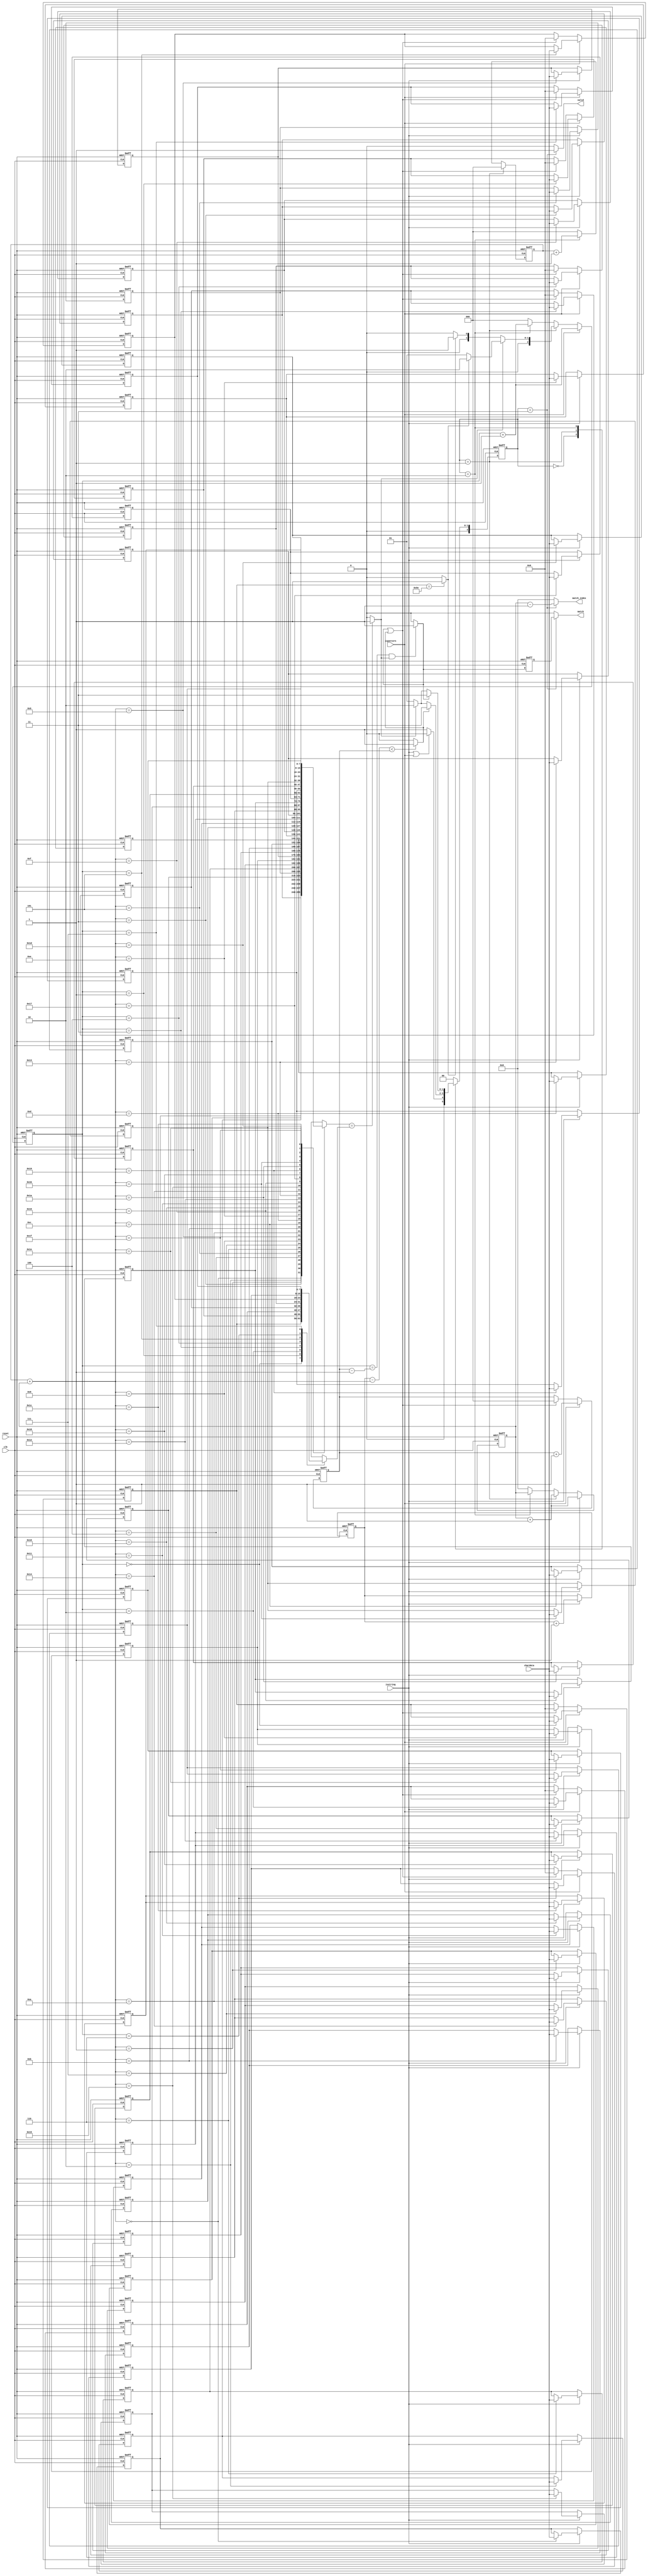
module SME(clk,reset,chardata,isstring,ispattern,valid,match,match_index);
input clk;
input reset;
input [7:0] chardata;
input isstring;
input ispattern;
output reg match;
output reg [4:0] match_index;
output reg valid;


localparam READ_DATA 	= 3'd0;
localparam SEARCH_HEAD 	= 3'd1;
localparam COMPARE_BODY = 3'd2;
localparam DATA_OUT 	= 3'd3;

reg [2:0] state, next_state;

reg [7:0] string_buffer  [0:31];
reg [7:0] pattern_buffer [0:7];

reg [4:0] string_length;
reg [2:0] pattern_length;
reg [4:0] string_head_addr;
reg [2:0] pattern_addr;
reg [2:0] match_count;

wire [4:0] string_addr;
wire head_sign;
wire tail_sign;
wire addr_match;
wire compare_done;
wire match_flag;

assign string_addr = match_count + string_head_addr;
assign head_sign = (pattern_buffer[0] 			   == 8'd94) ? 1'b1 : 1'b0;
assign tail_sign = (pattern_buffer[pattern_length] == 8'd36) ? 1'b1 : 1'b0;
assign addr_match = (string_buffer[string_addr] == pattern_buffer[pattern_addr]) ? 1'b1 : 1'b0;
assign compare_done = (string_length - string_addr < pattern_length) ? 1'b1 : 1'b0;
assign match_flag = (pattern_addr == pattern_length - 3'd1) && addr_match ? 1'b1 : 1'b0;

// FSM
always@(posedge clk or posedge reset) begin
	if(reset) begin
		state <= READ_DATA;
	end
	else begin
		state <= next_state;
	end
end

// next state logic
always@(*) begin
	case(state)
		READ_DATA 	: next_state = (isstring || ispattern) ? READ_DATA : SEARCH_HEAD;	
		SEARCH_HEAD : next_state = compare_done ? DATA_OUT : (addr_match ? COMPARE_BODY : SEARCH_HEAD);	
		COMPARE_BODY: next_state = (match_flag) ? DATA_OUT : (addr_match ? COMPARE_BODY : SEARCH_HEAD);	
		DATA_OUT 	: next_state = READ_DATA;
		default   	: next_state = READ_DATA;
	endcase
end

// design
integer i;

always@(posedge clk or posedge reset) begin
	if(reset) begin
		for(i=0; i<32; i=i+1) begin
			string_buffer[i] <= 8'd0;
		end
		string_length <= 5'd0;
	end
	else if(isstring)begin
		string_buffer[string_addr] <= chardata;
		string_length <= string_length + 5'd1;
	end
	/*else if(state == DATA_OUT) begin
		for(i=0; i<32; i=i+1) begin
			string_buffer[i] <= 8'd0;
		end
		string_length <= 5'd0;
	end*/
end

always@(posedge clk or posedge reset) begin
	if(reset) begin
		string_head_addr <= 5'd0;
	end
	else if(isstring)begin
		string_head_addr <= string_head_addr + 5'd1;
	end
	else if(state == SEARCH_HEAD) begin
		string_head_addr <= string_head_addr + 5'd1;
	end
	else if(state == COMPARE_BODY) begin
		string_head_addr <= string_head_addr;
	end
	else begin
		string_head_addr <= 5'd0;
	end
end


always@(posedge clk or posedge reset) begin
	if(reset) begin
		for(i=0; i<8; i=i+1) begin
			pattern_buffer[i] <= 8'd0;
		end
		pattern_length <= 3'd0;
	end
	else if(ispattern)begin
		pattern_buffer[pattern_addr] <= chardata;
		pattern_length <= pattern_length + 3'd1;
	end
	else if(match_flag || compare_done) begin
		for(i=0; i<32; i=i+1) begin
			pattern_buffer[i] <= 8'd0;
		end
		pattern_length <= 3'd0;
	end
end

always@(posedge clk or posedge reset) begin
	if(reset) begin
		pattern_addr <= 3'd0;
	end
	else if(ispattern)begin
		pattern_addr <= pattern_addr + 3'd1;
	end
	else if(state == SEARCH_HEAD) begin
		pattern_addr <= addr_match ? (head_sign ? 3'd2 : 3'd1) : (head_sign ? 3'd1 : 3'd0);
	end
	else if(state == COMPARE_BODY) begin
		pattern_addr <= pattern_addr + 3'd1;
	end
	else begin
		pattern_addr <= 3'd0;
	end
end

always@(posedge clk or posedge reset) begin
	if(reset) begin
		match_count <= 3'd0;
	end
	else if(state == SEARCH_HEAD) begin
		match_count <= 3'd0;
	end
	else if(state == COMPARE_BODY) begin
		match_count <= match_count + 3'd1;
	end
	else begin
		match_count <= 3'd0;
	end
end


reg match_reg;

assign valid 		= (state == DATA_OUT) ? 1'b1 : 1'b0;
assign match 		= (state == DATA_OUT) ? match_reg : 1'b0;
assign match_index 	= (state == DATA_OUT) ? string_head_addr-5'd1 : 5'd0;

always@(posedge clk or posedge reset) begin
	if(reset) begin
		match_reg <= 1'b0;
	end
	else begin
		match_reg <= match_flag;
	end
end



// NOT FINISH






endmodule